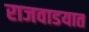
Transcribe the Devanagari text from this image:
राजवाडयात